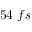
5 4 \; f s